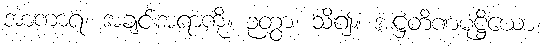
အာကာရံ၊ အချင်းအရာကို။ ဉတွာ၊ သိ၍။ အဋ္ဌတိဏမုဋ္ဌိယော၊